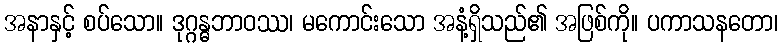
အနာနှင့် စပ်သော။ ဒုဂ္ဂန္ဓဘာဝဿ၊ မကောင်းသော အနံ့ရှိသည်၏ အဖြစ်ကို။ ပကာသနတော၊